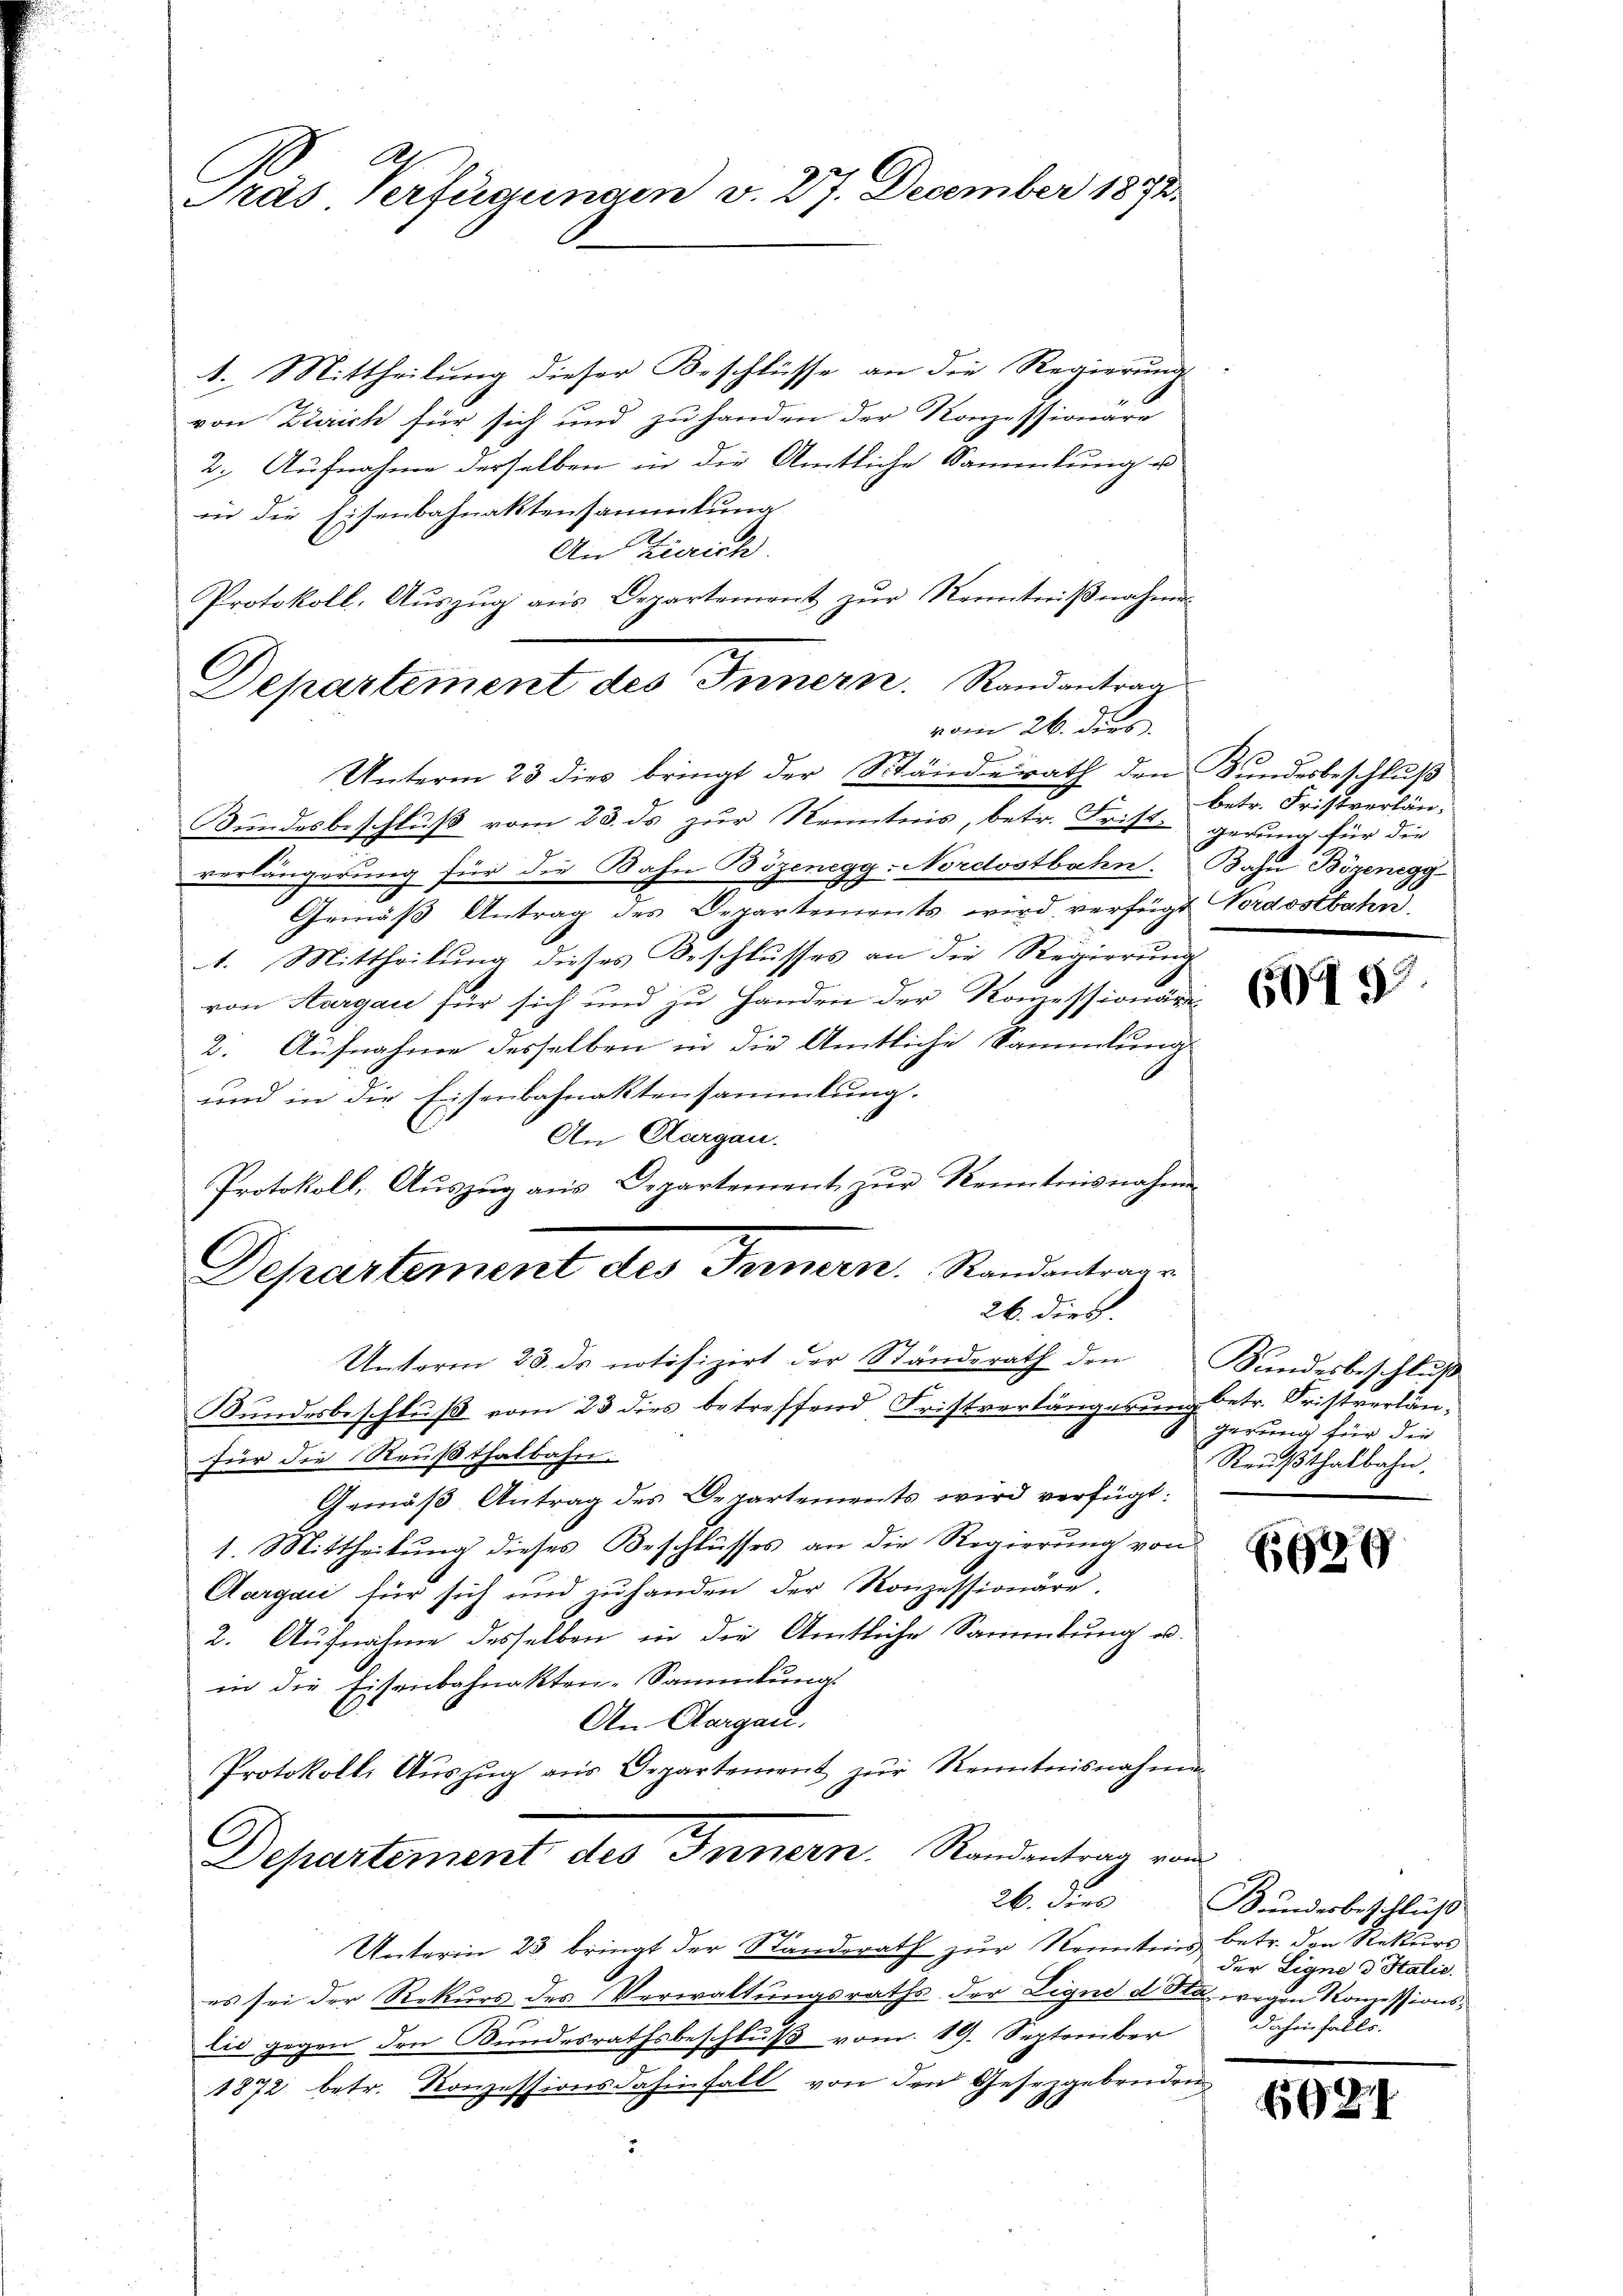
Pras Verfügungen v. 27. December 1892.

1. Mittheilung dieser Beschlüsse an die Regierung
von Zürich für sich und zu handen der Konzessionare
2. Aufnahme derselben in die Amtliche Sammlung u
in die Eisenbahnaktensammlung
An Zürich
Protokoll. Aŭszŭg aŭs Departement zŭr Kenntniβnahme
vom 26. dies
Unterm 23 dies bringt der Ständerath den Bundesbeschluß
Bundesbeschluß vom 23. ds zur Kenntnis, betr. Frist gerung für die
verlängerung für die Bahn Bözenegg-Nordostbahn. Bahn Bözenegg-
Gemäß Antrag des Departements wird verfügt Nordostbahn,
1. Mittheilung dieses Beschlusses an die Regierung
von Aargau für sich und zu Handen der Konzessionäre
2. Aufnahme desselben in die Amtliche Sammlung
und in die Eisenbahnaktensammlung.
An Aargau.
Protokoll, Aŭszŭg ans Departement zŭr Kenntnisnahmen
Departement des Formen. Standantrage
26. dies
Unterm 23. ds notifizirt der Ständerath den Handesbeschluß
Bundesbeschluß vom 23 dies betreffend Fristverlängerung betr. Fristverlänfür die Reußthalbahn.
Gemäß Antrag des Departements wird verfügt:
1. Mittheilung dieses Beschlusses an die Regierung von
Aargau für sich und zu handen der Konzessionäre.
2. Aufnahme desselben in die Amtliche Sammlung u.
in die Eisenbahnakten-Sammlung
An Aargau.
Protokolls Aŭszŭg aŭs Departement zŭr Kenntnisnahmen
Departement des Innern Randantrag von
26. dies
Unterm 23. bringt der Standerath zur Kenntnis betr. den Rekurs
es sei der Rekurs des Verwaltungsraths der Signe d. Sta wegen Konzessionslis gegen den Bundesrathsbeschluß vom 19. September
1872 betr. Konzessionsdahinfall von den Gesetzgebenden
3.

Departement des Innern. Randantrag

betr. Fristverlän¬

6045

gerung für die
Reußthalbahn.

Es

Bundesbeschluß
der Ligne d Halic.
daher Falls.

1991